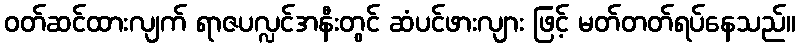
ဝတ်ဆင်ထားလျက် ရာဇပလ္လင်အနီးတွင် ဆံပင်ဖားလျား ဖြင့် မတ်တတ်ရပ်နေသည်။